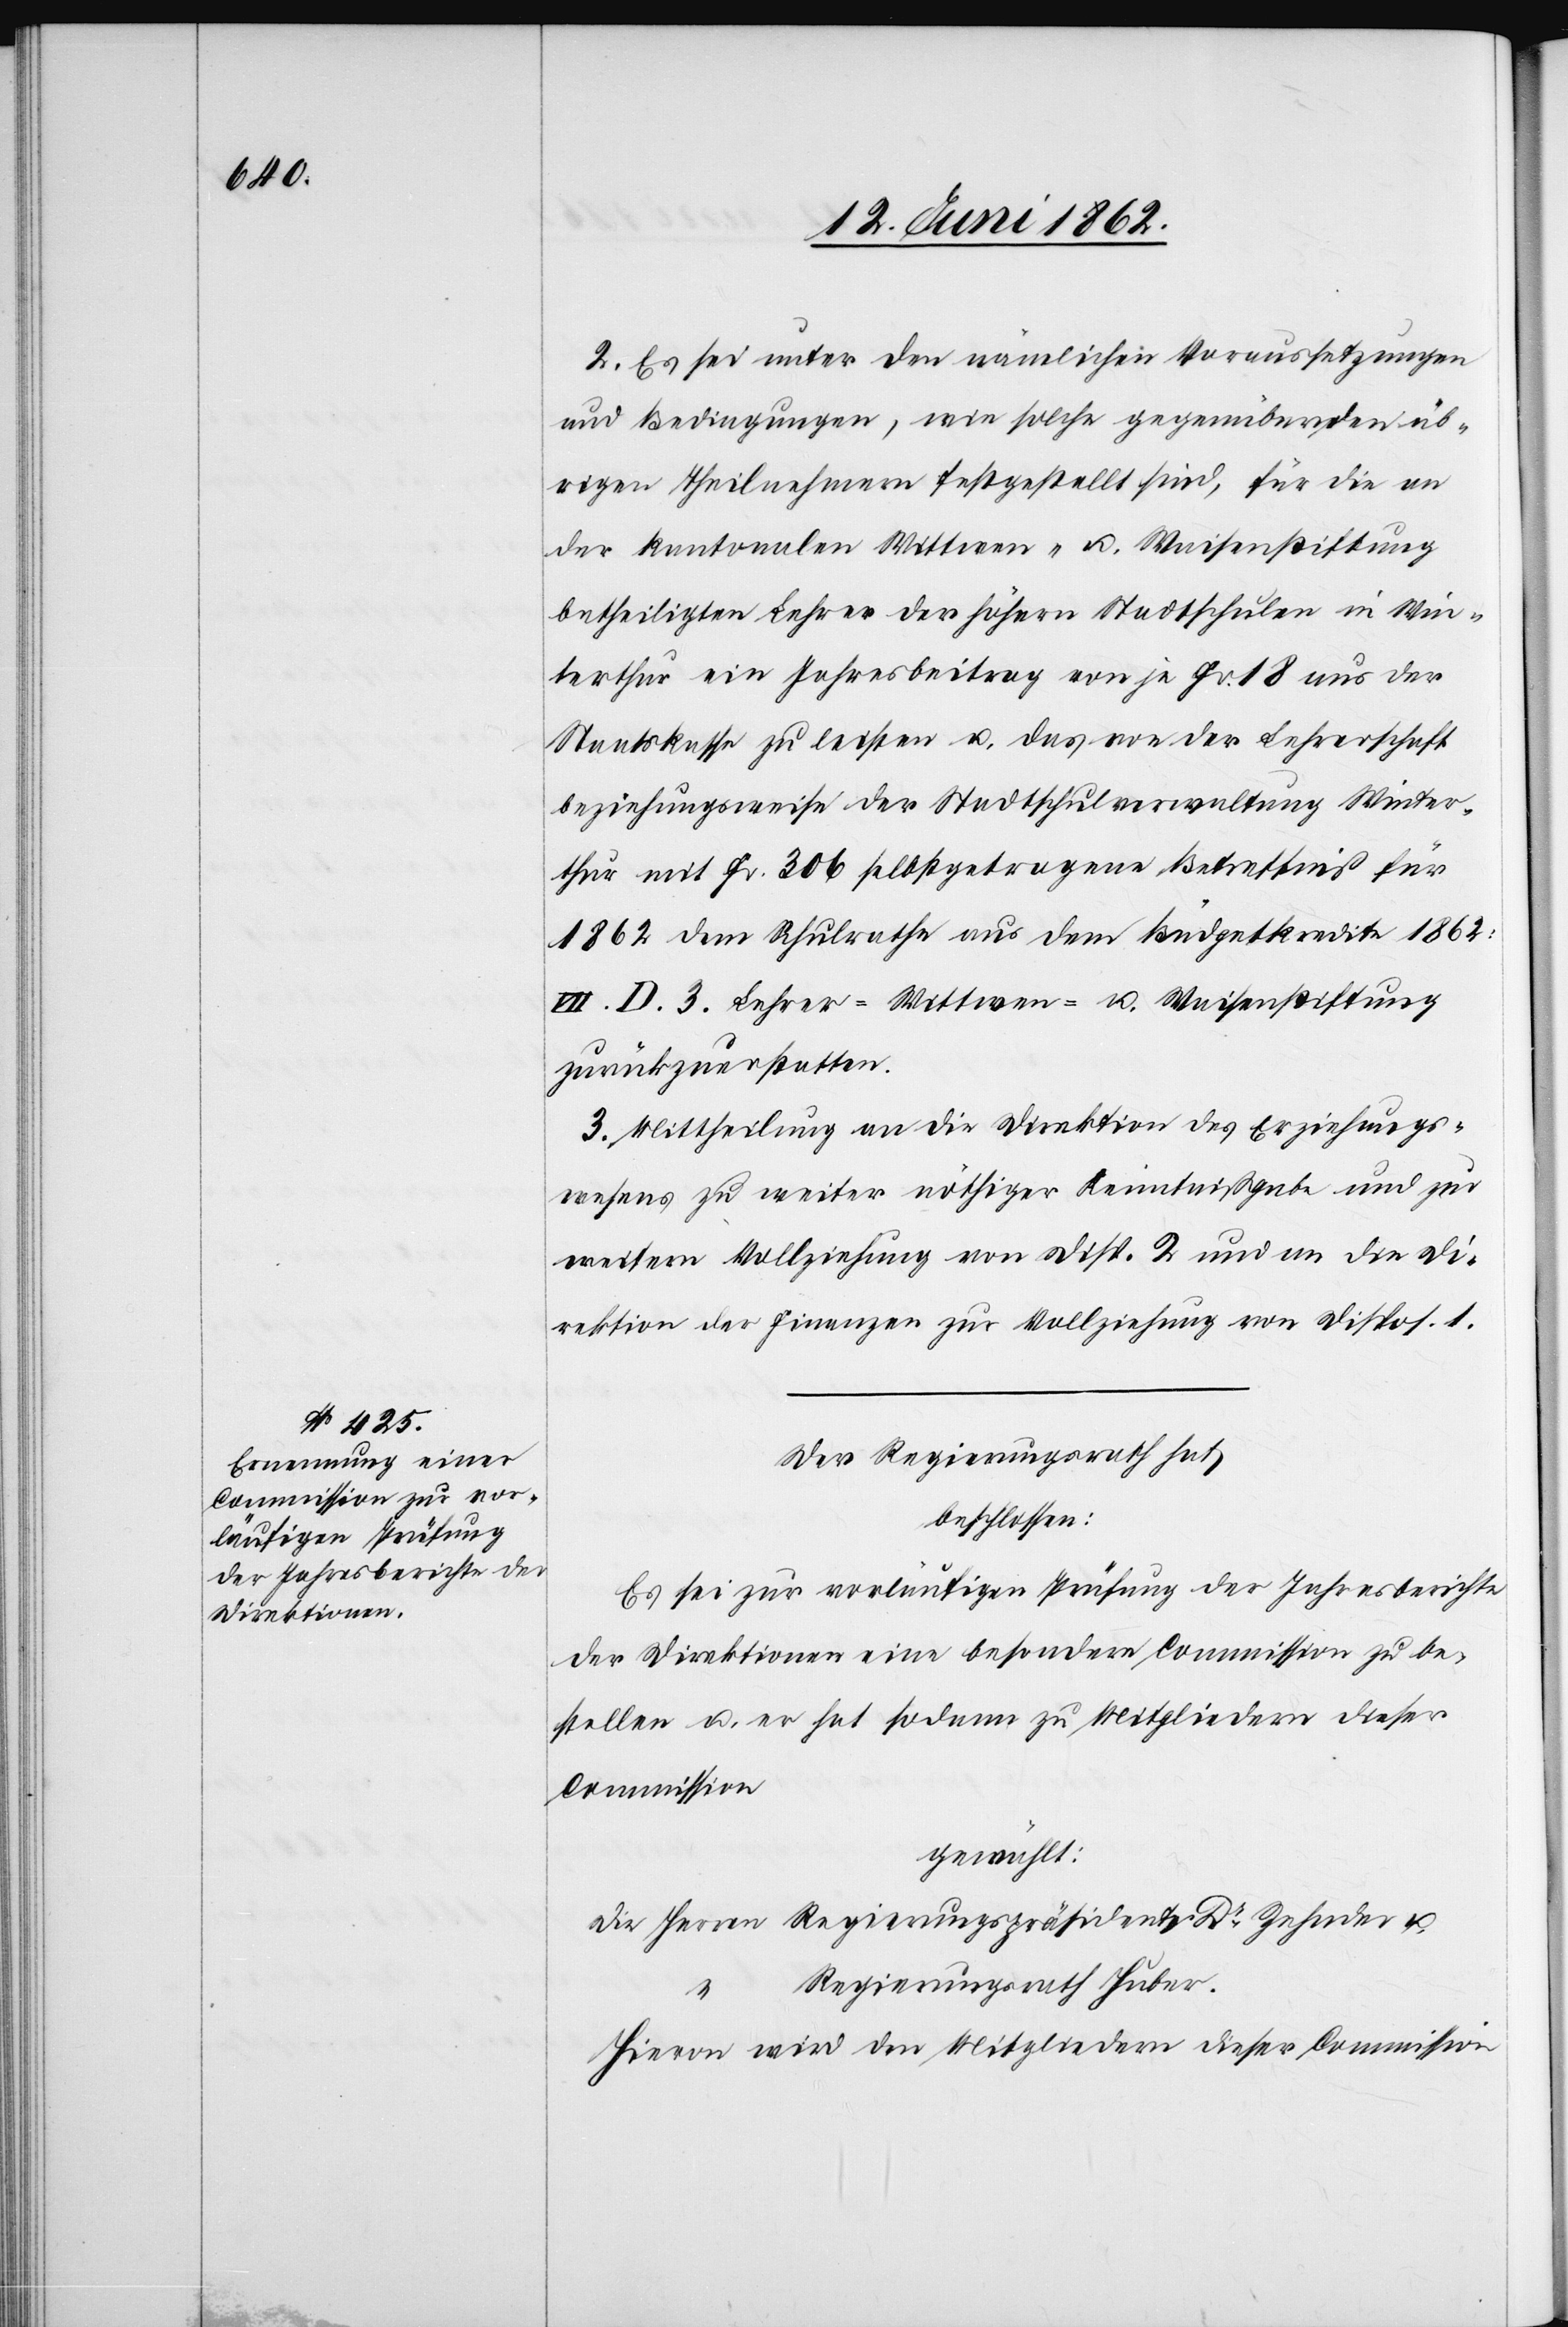
2. Es sei unter den nämlichen Voraussetzungen
und Bedingungen, wie solche gegenüber den üb¬
rigen Theilnehmern festgestellt sind, für die an
der kantonalen Wittwen- u. Waisenstiftung
betheiligten Lehrer der höhern Stadtschulen in Win¬
terthur ein Jahresbeitrag von je Fr. 18 aus der
Staatskasse zu leisten u. das von der Lehrerschaft
beziehungsweise der Stadtschulverwaltung Winter¬
thur mit Fr. 306 selbstgetragene Betreffniß für
1862 dem Schulrathe aus dem Büdgetkredite 1862:
VII D. 3. Lehrer- Wittwen- u. Waisenstiftung
zurückzuerstatten.
3. Mittheilung an die Direktion des Erziehungs¬
wesens zu weiter nöthiger Kenntnißgabe und zur
weitern Vollziehung von Disp. 2 und an die Di¬
rektion der Finanzen zur Vollziehung von Dispos. 1.
Der Regierungsrath hat
beschlossen:
Es sei zur vorläufigen Prüfung der Jahresberichte
der Direktionen eine besondere Commission zu be¬
stellen u. er hat sodann zu Mitgliedern dieser
Commission
gewählt:
Die Herren Regierungspräsidenten Dr. Zehnder u.
Regierungsrath Huber.
Hievon wird den Mitgliedern dieser Commission